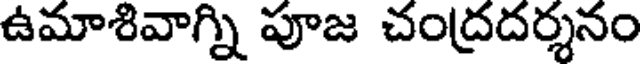
ఉమాశివాగ్ని పూజ చంద్రదర్శనం